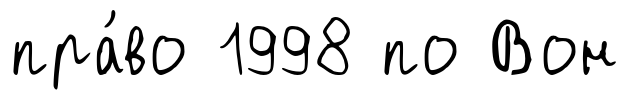
пра́во 1998 по Вон